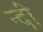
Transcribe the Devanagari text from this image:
न्दी